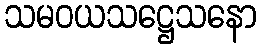
သမဝယသဋ္ဌေသနော